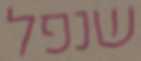
שנפל